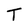
Character: T